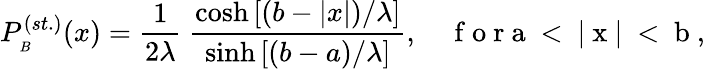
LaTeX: P_{_B}^{(st.)}(x)=\frac{1}{2\lambda}\ \frac{\cosh{[(b-|x|)/{\lambda}]}}{\sinh{[(b-a)/{\lambda}]}},\quad\mathrm{~f~o~r~a~<~|~x~|~<~b~},